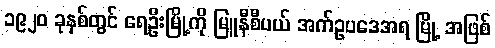
၁၉၂၀ ခုနှစ်တွင် ရေဦးမြို့ကို မြူနီစီပယ် အက်ဥပဒေအရ မြို့ အဖြစ်